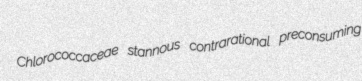
Chlorococcaceae stannous contrarational preconsuming